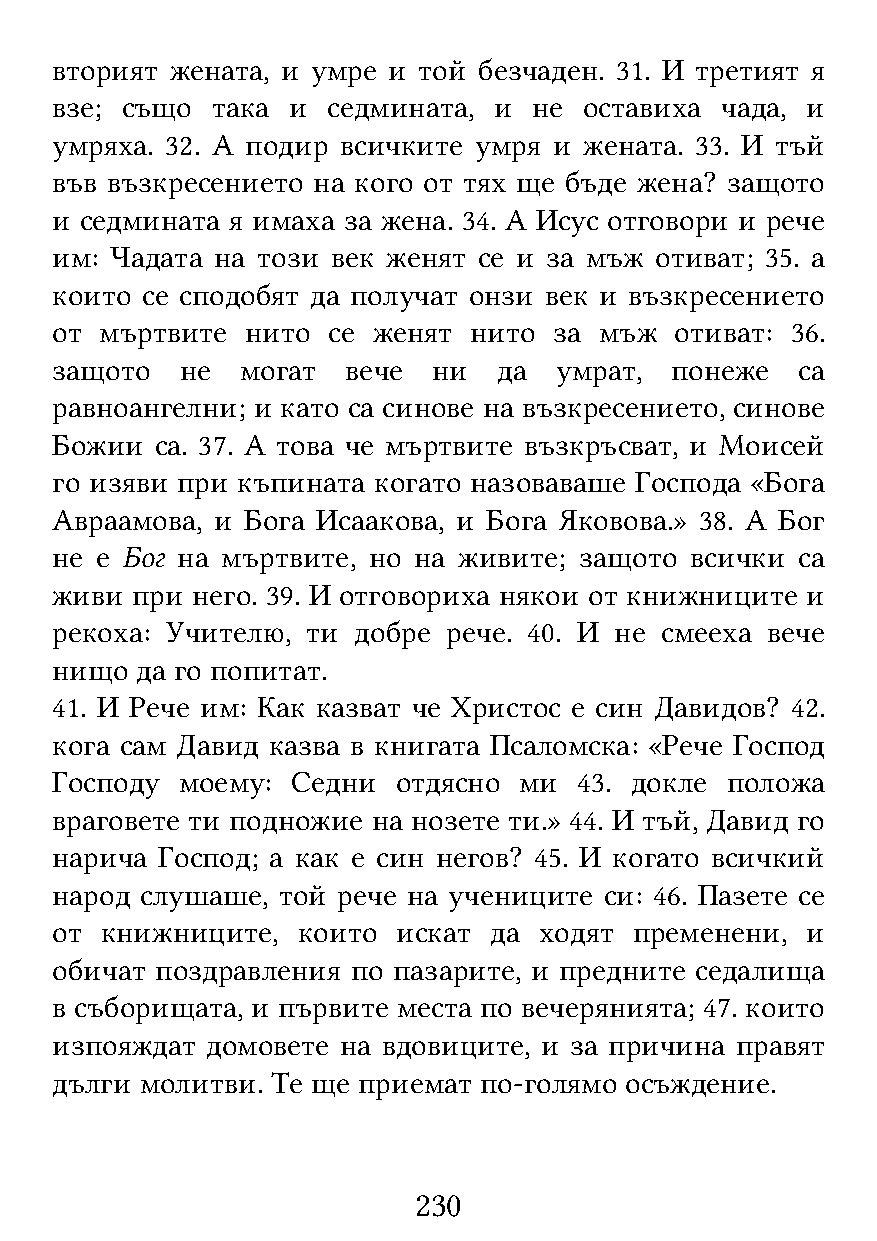
вторият жената, и умре и той безчаден. 31. И третият я
 взе; също  така и  седмината, и не  оставиха чада, и
 умряха. 32. А подир всичките умря и жената. 33. И тъй
 във възкресението на кого от тях ще бъде жена? защото
 и седмината я имаха за жена. 34. А Исус отговори и рече
 им: Чадата на този век женят се и за мъж отиват; 35. а
 които се сподобят да получат онзи век и възкресението
 от  мъртвите нито  се женят нито  за мъж  отиват: 36.
 защото   не  могат  вече  ни  да  умрат, понеже   са
 равноангелни; и като са синове на възкресението, синове
 Божии  са. 37. А това че мъртвите възкръсват, и Моисей
 го изяви при къпината когато назоваваше Господа «Бога
 Авраамова, и Бога Исаакова, и Бога Яковова.» 38. А Бог
 не е Бог на мъртвите, но на живите; защото всички са
 живи  при него. 39. И отговориха някои от книжниците и
 рекоха: Учителю, ти добре  рече. 40. И не смееха вече
 нищо  да го попитат.
 41. И Рече им: Как казват че Христос е син Давидов? 42.
 кога сам Давид казва в книгата Псаломска: «Рече Господ
 Господу  моему: Седни  отдясно ми  43. докле положа
 враговете ти подножие на нозете ти.» 44. И тъй, Давид го
 нарича Господ; а как е син негов? 45. И когато всичкий
 народ слушаше, той рече на учениците си: 46. Пазете се
 от  книжниците,  които искат да  ходят пременени, и
 обичат поздравления по пазарите, и предните седалища
 в съборищата, и първите места по вечерянията; 47. които
 изпояждат  домовете на вдовиците, и за причина правят
 дълги молитви. Те ще приемат по-голямо осъждение.
 230